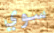
سوي